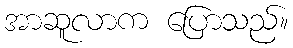
အာဆူလာက ပြောသည်။